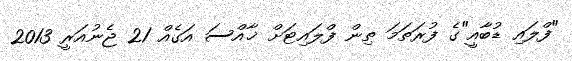
"ފްލައި ޑުބާއީ"ގެ ފުރަތަމަ ތިން ފްލައިޓަށް ޚާއްސަ އަގެއް 21 ޖެނުއަރީ 2013